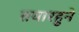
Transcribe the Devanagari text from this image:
तयारहुने